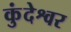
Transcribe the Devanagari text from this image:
कुंदेश्वर